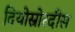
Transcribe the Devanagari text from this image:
दियोस्रोरदीस